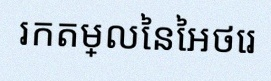
រកតម្លៃនៃអថេរ